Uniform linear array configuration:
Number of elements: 32
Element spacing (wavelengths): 0.5
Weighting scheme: uniform
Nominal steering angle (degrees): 15
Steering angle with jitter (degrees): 16.775
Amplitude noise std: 0.05
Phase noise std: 0.05

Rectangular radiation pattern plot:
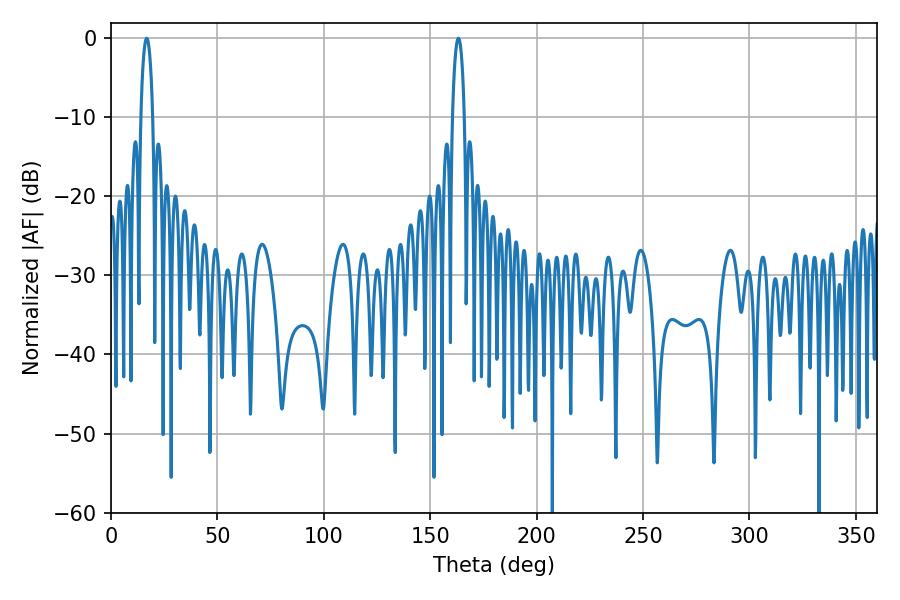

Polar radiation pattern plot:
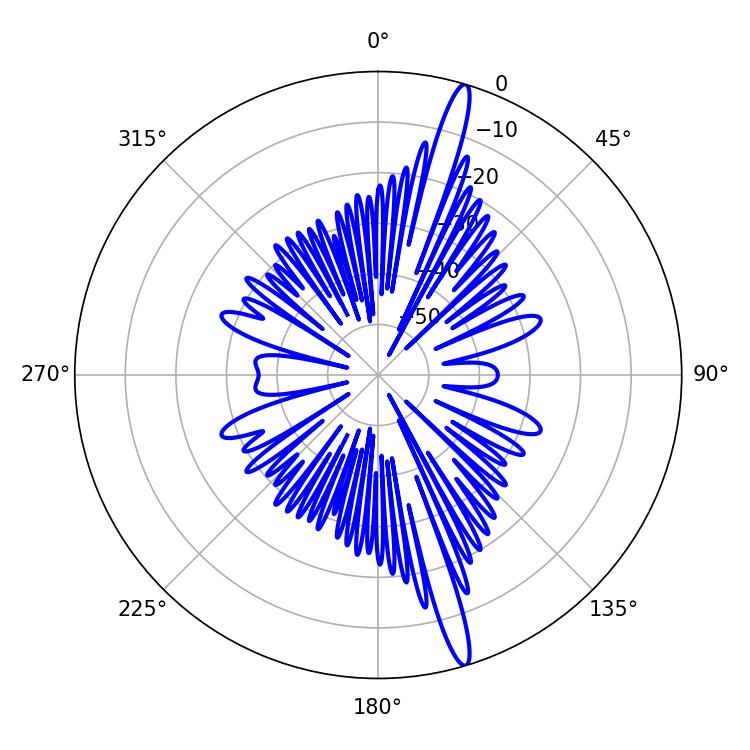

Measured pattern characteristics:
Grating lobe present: FALSE
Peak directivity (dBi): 17.305
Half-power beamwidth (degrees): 3.24
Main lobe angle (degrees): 163.26